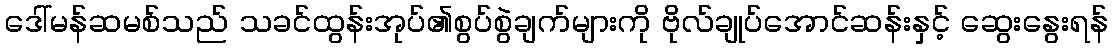
ဒေါ်မန်ဆမစ်သည် သခင်ထွန်းအုပ်၏စွပ်စွဲချက်များကို ဗိုလ်ချုပ်အောင်ဆန်းနှင့် ဆွေးနွေးရန်